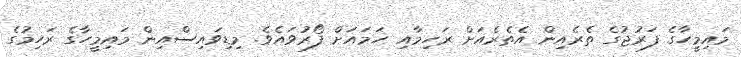
މައިމީހާގެ ފަރުޖުގެ ތެރެއިން އެތެރެއަށް ރަހިމާއި ހަމައަށް ފޯރުވައެވެ. މިޑިވައިސްއިން މައިމީހާގެ ރަހިމުގެ